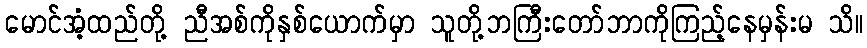
မောင်အံ့ထည်တို့ ညီအစ်ကိုနှစ်ယောက်မှာ သူတို့ဘကြီးတော်ဘာကိုကြည့်နေမှန်းမ သိ။